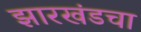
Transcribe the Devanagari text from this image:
झारखंडचा